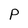
Character: P